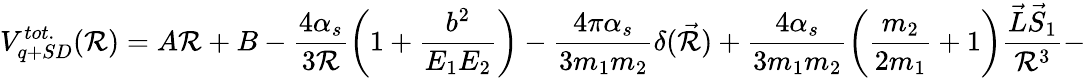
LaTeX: V_{q+SD}^{tot.}(\mathcal{R})=A\mathcal{R}+B-\frac{{4\alpha_{s}}}{{3\mathcal{R}}}\left(1+\frac{{b^{2}}}{{E_{1}E_{2}}}\right)-\frac{{4\pi\alpha_{s}}}{{3m_{1}m_{2}}}\delta(\vec{{\mathcal{R}}})+\frac{{4\alpha_{s}}}{{3m_{1}m_{2}}}\left(\frac{{m_{2}}}{{2m_{1}}}+1\right)\frac{{\vec{{L}}\vec{{S}}_{1}}}{{\mathcal{R}^{3}}}-